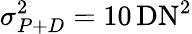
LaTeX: \sigma_{P+D}^{2}=10\, \mathrm{DN}^{2}